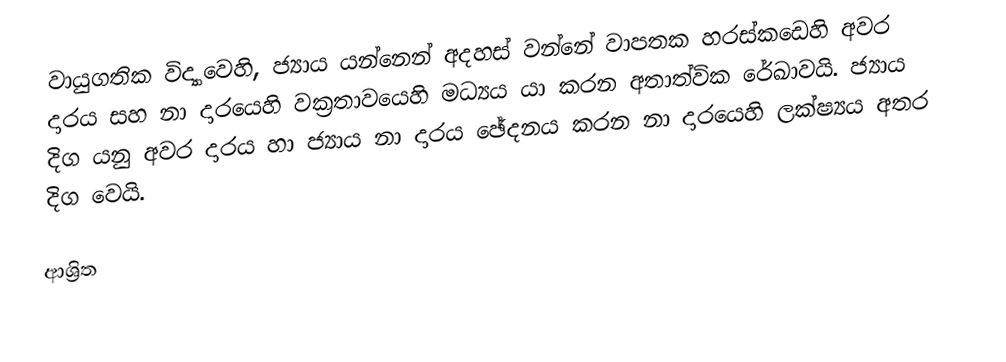
වායුගතික විද්‍යාවෙහි, ජ්‍යාය යන්නෙන් අදහස් වන්නේ වාපතක හරස්කඩෙහි අවර දාරය සහ නා දාරයෙහි වක්‍රතාවයෙහි මධ්‍යය යා කරන අතාත්වික රේඛාවයි.  ජ්‍යාය දිග යනු අවර දාරය හා ජ්‍යාය නා දාරය ඡේදනය කරන නා දාරයෙහි ලක්ෂ්‍යය අතර දිග වෙයි.

ආශ්‍රිත